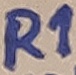
Text: R1